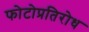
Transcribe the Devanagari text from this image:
फोटोप्रतिरोध